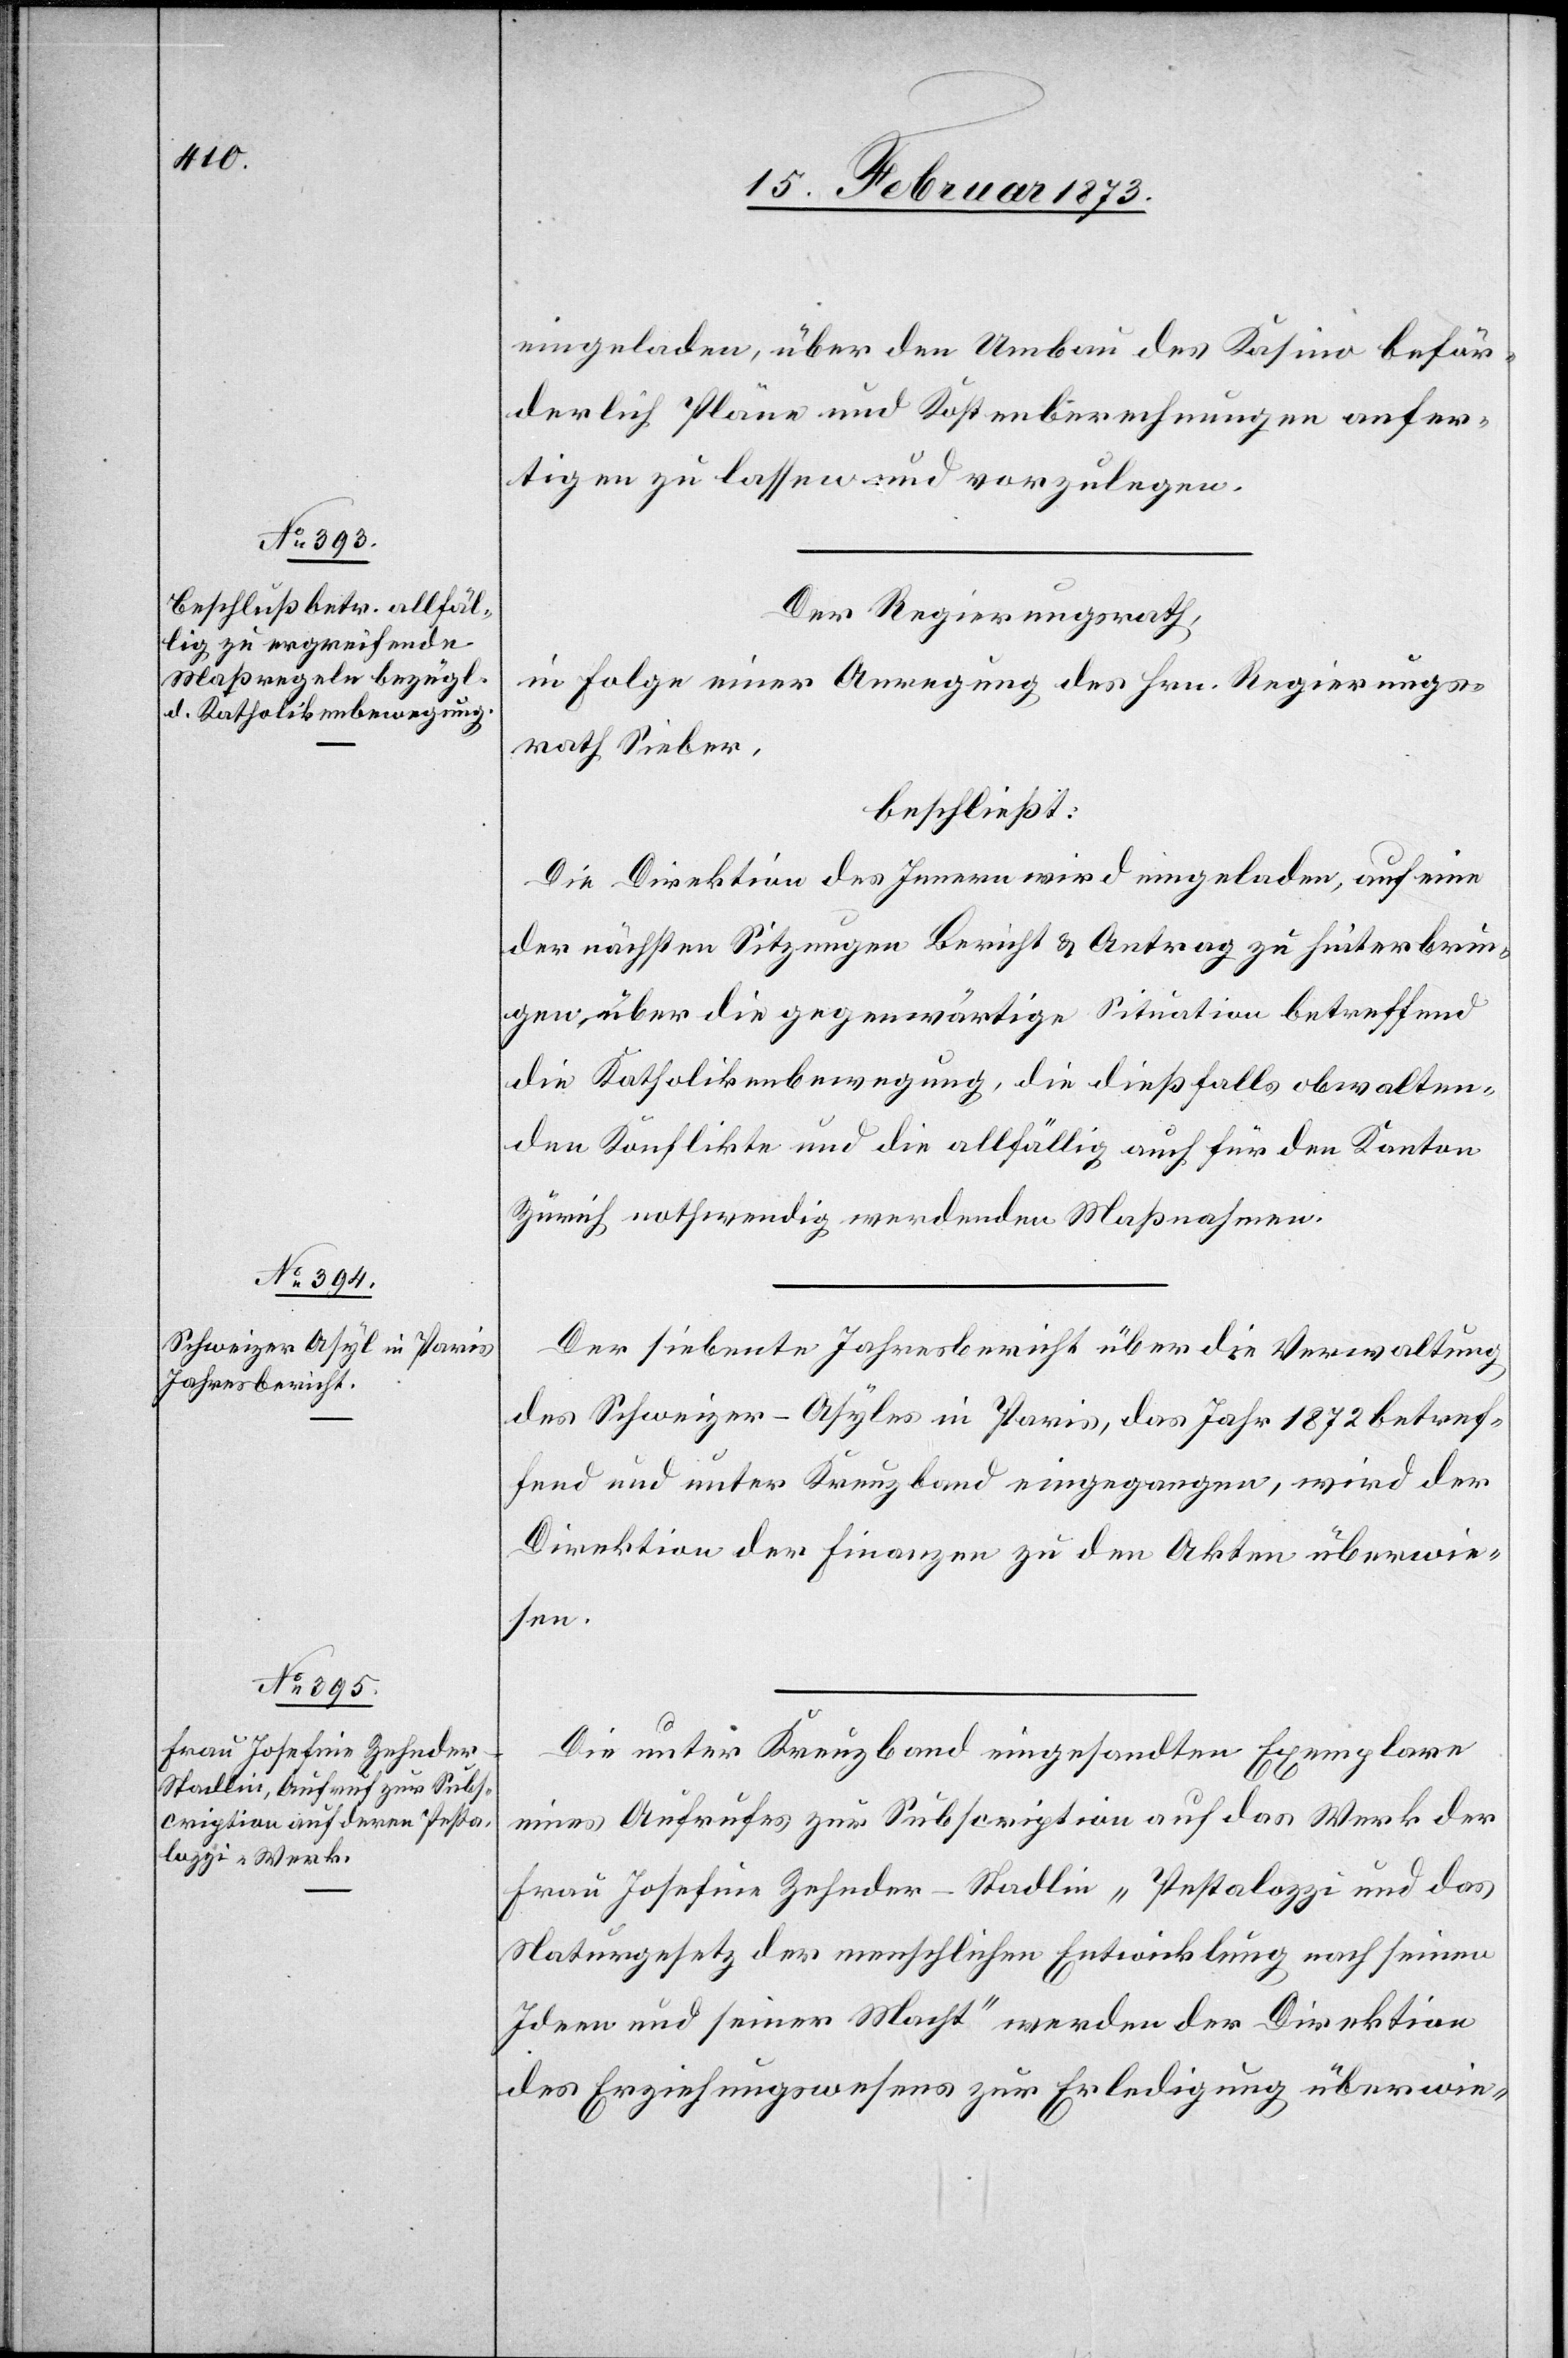
eingeladen, über den Umbau des Kasino beför¬
derlich Pläne und Kostenberechnungen anfer¬
tigen zu lassen und vorzulegen.
Der Regierungsrath,,
in Folge einer Anregung des Hrn. Regierungs¬
rath Sieber,
beschließt:
Die Direktion des Innern wird eingeladen, auf eine
der nächsten Sitzungen Bericht u. Antrag zu hinterbrin¬
gen, über die gegenwärtige Situation betreffend
die Katholikenbewegung, die dießfalls obwalten¬
den Konflikte und die allfällig auch für den Kanton
Zürich nothwendig werdenden Maßnahmen.
Der siebente Jahresbericht über die Verwaltung
des Schweizer-Asyles in Paris, das Jahr 1872 betref¬
fend und unter Kreuzband eingegangen, wird der
Direktion der Finanzen zu den Akten überwie¬
sen.
Die unter Kreuzband eingesandten Exemplare
eines Aufrufs zur Subscription auf das Werk der
Frau Josefine Zehnder-Stadlin „Pestalozzi und das
Staturgesetz der menschlichen Entwicklung nach seinen
Ideen und seiner Macht“ werden der Direktion
des Erziehungswesens zur Erledigung überwie-